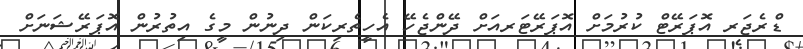
ޑްރެޖަރ އޮޕަރޭޓް ކުރުމަށް އޮޕަރޭޓަރއަށް ދޭންޖެހޭ އެހީތެރިކަން ދިނުން މީގެ އިތުރުން އޮޕަރޭޝަނަށް